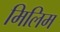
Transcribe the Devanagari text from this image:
मिलिम